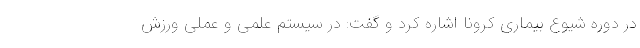
در دوره شیوع بیماری کرونا اشاره کرد و گفت: در سیستم علمی و عملی ورزش